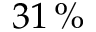
3 1 \, \%